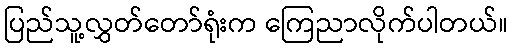
ပြည်သူ့လွှတ်တော်ရုံးက ကြေညာလိုက်ပါတယ်။